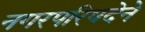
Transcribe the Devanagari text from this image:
नगरपरिषदेने